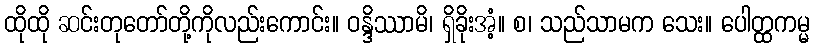
ထိုထို ဆင်းတုတော်တို့ကိုလည်းကောင်း။ ဝန္ဒိဿာမိ၊ ရှိခိုးအံ့။ စ၊ သည်သာမက သေး။ ပေါတ္ထကမ္မ